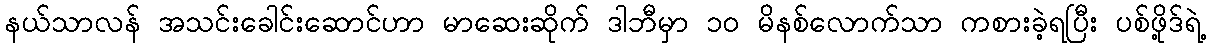
နယ်သာလန် အသင်းခေါင်းဆောင်ဟာ မာဆေးဆိုက် ဒါဘီမှာ ၁၀ မိနစ်လောက်သာ ကစားခဲ့ရပြီး ပစ်ဖို့ဒ်ရဲ့